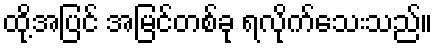
ထို့အပြင် အမြင်တစ်ခု ရလိုက်သေးသည်။